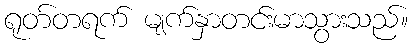
ရုတ်တရက် မျက်နှာတင်းမာသွားသည်။